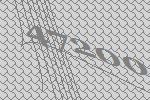
47200